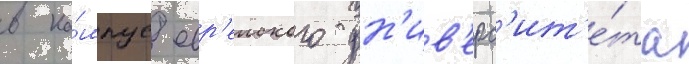
в ка́мпус евр'еиского ун'ив'ерс'ит'е́та